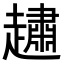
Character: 𧽷